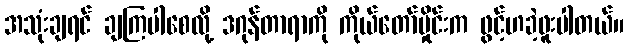
အသုံးချရင် ချကြပါစေလို့ ဒဂုန်တာရာကို ကိုယ်တော်မှိုင်းက ဖွင့်ဟခဲ့ဖူးပါတယ်။